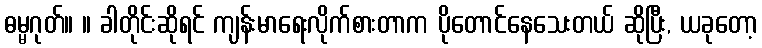
ဓမ္မဂုတ်။ ။ ခါတိုင်းဆိုရင် ကျန်းမာရေးလိုက်စားတာက ပိုတောင်နေသေးတယ် ဆိုပြီး, ယခုတော့